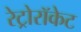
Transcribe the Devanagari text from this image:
रेट्रोरॉकेट